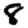
Digit: 8